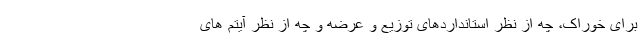
برای خوراک، چه از نظر استانداردهای توزیع و عرضه و چه از نظر آیتم های